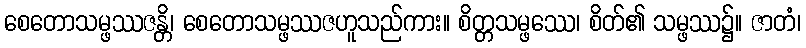
စေတောသမ္ဖဿဇန္တိ၊ စေတောသမ္ဖဿဇဟူသည်ကား။ စိတ္တသမ္ဖဿေ၊ စိတ်၏ သမ္ဖဿ၌။ ဇာတံ၊